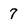
Character: 7